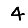
Digit: 4